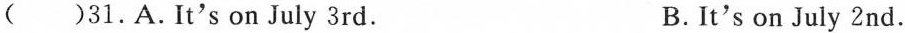
( )31.A.It's on July 3rd. B.It's on July 2nd.